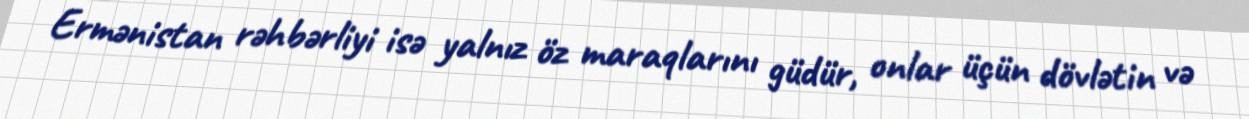
Ermənistan rəhbərliyi isə yalnız öz maraqlarını güdür, onlar üçün dövlətin və